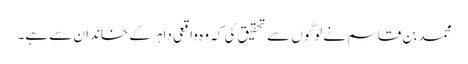
محمد بن قاسم نے لوگوں سے تحقیق کی کہ وہ واقعی داہر کے خاندان سے ہے۔